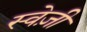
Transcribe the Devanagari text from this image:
स्वेज़ी